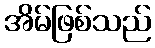
အိမ်ဖြစ်သည်